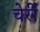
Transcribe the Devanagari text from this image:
चेर्री